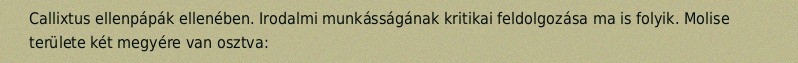
Callixtus ellenpápák ellenében. Irodalmi munkásságának kritikai feldolgozása ma is folyik. Molise területe két megyére van osztva: